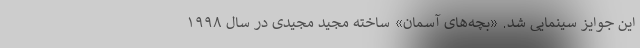
این جوایز سینمایی شد. «بچه‌های آسمان» ساخته مجید مجیدی در سال ۱۹۹۸